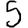
Digit: 5